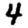
Digit: 4